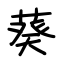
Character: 葵